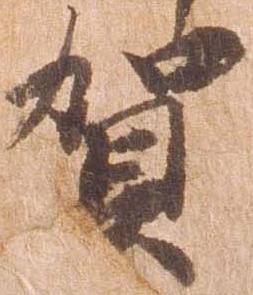
賀